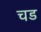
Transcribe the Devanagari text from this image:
चड